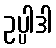
ဥပ္ပါဒါ